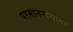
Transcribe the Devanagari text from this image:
परमानन्दसागर